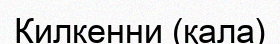
Килкенни (қала)